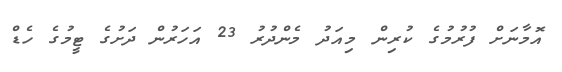
އޮމާނަށް ފުރުމުގެ ކުރިން މިއަދު މެންދުރު 23 އަހަރުން ދަށުގެ ޓީމުގެ ހެޑް